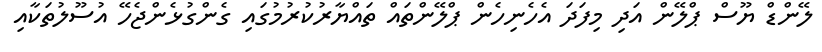
ލޭންޑް ޔޫސް ޕްލޭން އަދި މިފަދަ އެހެނިހެން ޕްލޭންތައް ތައްޔާރުކުރުމުގައި ގެންގުޅެންޖެހޭ އުސޫލުތަކާއި